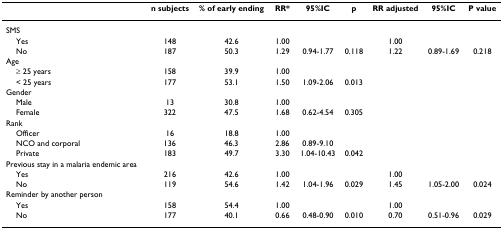
<table><thead><tr><td></td><td><b>n subjects</b></td><td><b>% of early ending</b></td><td><b>RR* </b></td><td><b>95%IC</b></td><td><b>p</b></td><td><b>RR adjusted</b></td><td><b>95%IC</b></td><td><b>P value</b></td></tr></thead><tbody><tr><td>SMS</td><td></td><td></td><td></td><td></td><td></td><td></td><td></td><td></td></tr><tr><td> Yes</td><td>148</td><td>42.6</td><td>1.00</td><td></td><td></td><td>1.00</td><td></td><td></td></tr><tr><td> No</td><td>187</td><td>50.3</td><td>1.29</td><td>0.94-1.77</td><td>0.118</td><td>1.22</td><td>0.89-1.69</td><td>0.218</td></tr><tr><td>Age</td><td></td><td></td><td></td><td></td><td></td><td></td><td></td><td></td></tr><tr><td> ≥ 25 years</td><td>158</td><td>39.9</td><td>1.00</td><td></td><td></td><td></td><td></td><td></td></tr><tr><td> &lt; 25 years</td><td>177</td><td>53.1</td><td>1.50</td><td>1.09-2.06</td><td>0.013</td><td></td><td></td><td></td></tr><tr><td>Gender</td><td></td><td></td><td></td><td></td><td></td><td></td><td></td><td></td></tr><tr><td> Male</td><td>13</td><td>30.8</td><td>1.00</td><td></td><td></td><td></td><td></td><td></td></tr><tr><td> Female</td><td>322</td><td>47.5</td><td>1.68</td><td>0.62-4.54</td><td>0.305</td><td></td><td></td><td></td></tr><tr><td>Rank</td><td></td><td></td><td></td><td></td><td></td><td></td><td></td><td></td></tr><tr><td> Officer</td><td>16</td><td>18.8</td><td>1.00</td><td></td><td></td><td></td><td></td><td></td></tr><tr><td> NCO and corporal</td><td>136</td><td>46.3</td><td>2.86</td><td>0.89-9.10</td><td></td><td></td><td></td><td></td></tr><tr><td> Private</td><td>183</td><td>49.7</td><td>3.30</td><td>1.04-10.43</td><td>0.042</td><td></td><td></td><td></td></tr><tr><td>Previous stay in a malaria endemic area</td><td></td><td></td><td></td><td></td><td></td><td></td><td></td><td></td></tr><tr><td> Yes</td><td>216</td><td>42.6</td><td>1.00</td><td></td><td></td><td>1.00</td><td></td><td></td></tr><tr><td> No</td><td>119</td><td>54.6</td><td>1.42</td><td>1.04-1.96</td><td>0.029</td><td>1.45</td><td>1.05-2.00</td><td>0.024</td></tr><tr><td>Reminder by another person</td><td></td><td></td><td></td><td></td><td></td><td></td><td></td><td></td></tr><tr><td> Yes</td><td>158</td><td>54.4</td><td>1.00</td><td></td><td></td><td>1.00</td><td></td><td></td></tr><tr><td> No</td><td>177</td><td>40.1</td><td>0.66</td><td>0.48-0.90</td><td>0.010</td><td>0.70</td><td>0.51-0.96</td><td>0.029</td></tr></tbody></table>